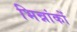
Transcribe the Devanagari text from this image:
भिन्नांकों